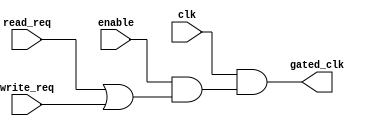
module ClockGatingControl (
    input wire clk,                // Global clock input
    input wire enable,             // Enable signal for memory block
    input wire read_req,           // Read request signal
    input wire write_req,          // Write request signal
    output wire gated_clk          // Gated clock output
);
    wire active; // Signal to indicate if the memory block should be active

    // Logic to determine if the clock should be gated
    assign active = enable & (read_req | write_req);

    // Clock gating cell using AND gate
    assign gated_clk = clk & active;

endmodule